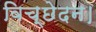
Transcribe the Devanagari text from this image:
विच्छेदन।